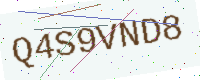
Text: Q4S9VND8